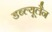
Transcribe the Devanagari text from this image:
डब्ल्यूलैन